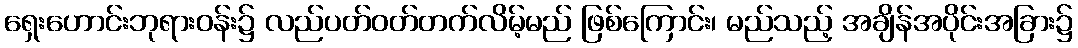
ရှေးဟောင်းဘုရားဝန်း၌ လည်ပတ်ဝတ်တက်လိမ့်မည် ဖြစ်ကြောင်း၊ မည်သည့် အချိန်အပိုင်းအခြား၌